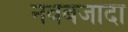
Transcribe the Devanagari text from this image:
नवबजादा